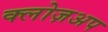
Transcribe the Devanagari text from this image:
क्लोज़अप